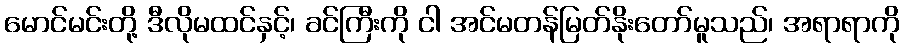
မောင်မင်းတို့ ဒီလိုမထင်နှင့်၊ ခင်ကြီးကို ငါ အင်မတန်မြတ်နိုးတော်မူသည်၊ အရာရာကို